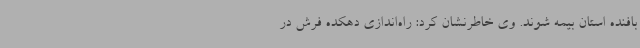
بافنده استان بیمه شوند. وی خاطرنشان کرد: راه‌اندازی دهکده فرش در